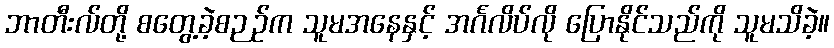
ဘာတီးလ်တို့ စတွေ့ခဲ့စဉဉ်က သူမအနေနှင့် အင်္ဂလိပ်လို ပြောနိုင်သည်ကို သူမသိခဲ့။